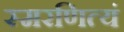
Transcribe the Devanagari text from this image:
स्मरणित्यं